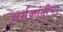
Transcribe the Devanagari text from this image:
धर्मक्रांतीचा